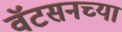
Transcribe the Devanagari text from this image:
वॅटसनच्या